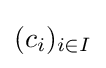
(c_{i})_{i\in I}